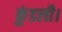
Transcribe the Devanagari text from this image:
कुंडली।